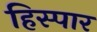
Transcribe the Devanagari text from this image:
हिस्पार